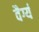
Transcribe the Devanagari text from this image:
वैर्ग्य